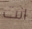
انت